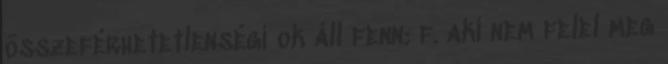
összeférhetetlenségi ok áll fenn; f. aki nem felel meg